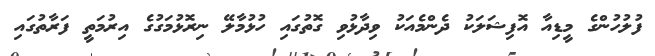
ފުލުހުންގެ މީޑިއާ އޮފިޝަލަކު ދެންމެއަކު ވިދާޅުވި ގޮތުގައި ހުޅުމާލޭ ނިރޮޅުމަގުގެ އިރުމަތީ ފަރާތުގައި